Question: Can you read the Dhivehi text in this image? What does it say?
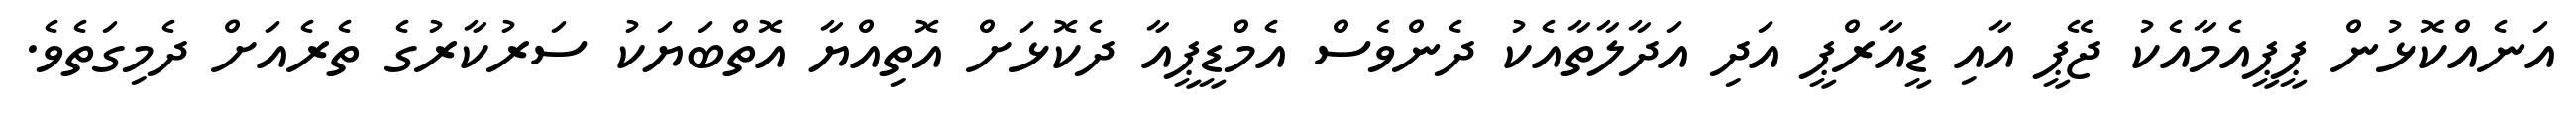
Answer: އަނެއްކޮޅުން ޕީޕީއެމާއެކު ޖޭޕީ އާއި ޑީއާރްޕީ އަދި އަދާލާތާއެކު ދެންވެސް އެމްޑީޕީއާ ދެކޮޅަށް އޮތިއްޔާ އޮތްބަޔަކު ސަރުކާރުގެ ތެރެއަށް ދެމިގަތެވެ.